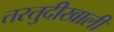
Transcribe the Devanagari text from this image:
तरतुदीखाली